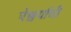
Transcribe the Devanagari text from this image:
ऐश्वर्याची